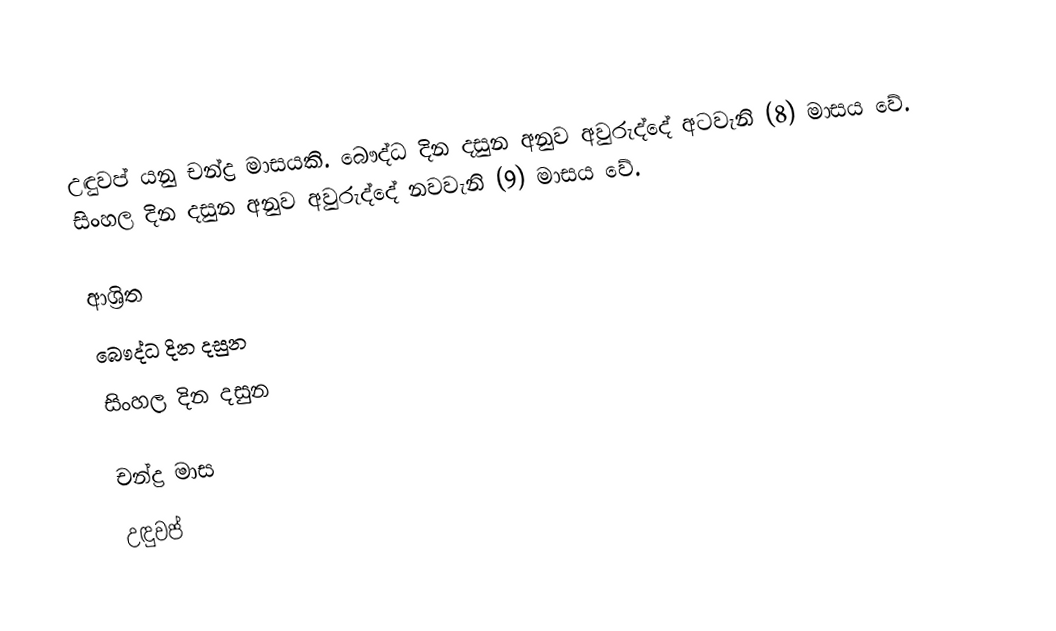
උඳුවප් යනු චන්ද්‍ර මාසයකි. බෞද්ධ දින දසුන අනුව අවුරුද්දේ අටවැනි (8) මාසය වේ. සිංහල දින දසුන අනුව අවුරුද්දේ නවවැනි (9) මාසය වේ.

ආශ්‍රිත
 බෞද්ධ දින දසුන
 සිංහල දින දසුන

චන්ද්‍ර මාස
උඳුවප්